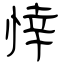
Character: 悻